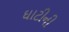
ઘાટીની